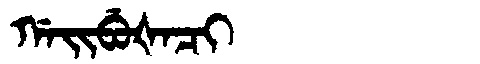
Manchu: ᡤᠠᡳᠪᡠᡧᠠᠴᡳ
Romanization: GAIBUŠACI